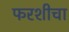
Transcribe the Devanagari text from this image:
फरशीचा